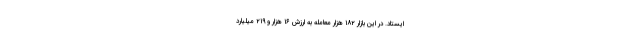
ایستاد. در این بازار ۱۸۲ هزار معامله به ارزش ۱۶ هزار و ۲۱۹ میلیارد